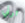
ترني